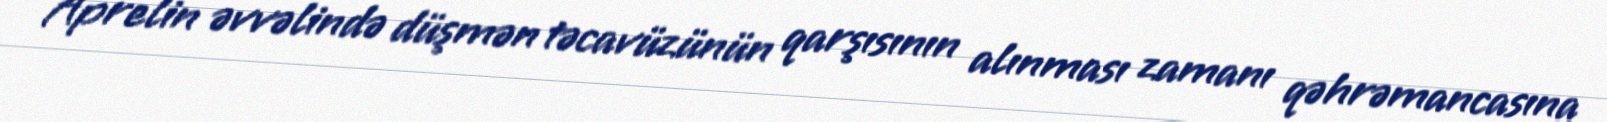
Aprelin əvvəlində düşmən təcavüzünün qarşısının alınması zamanı qəhrəmancasına